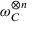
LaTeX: \omega _ { C } ^ { \otimes n }